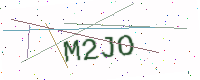
Text: M2JO